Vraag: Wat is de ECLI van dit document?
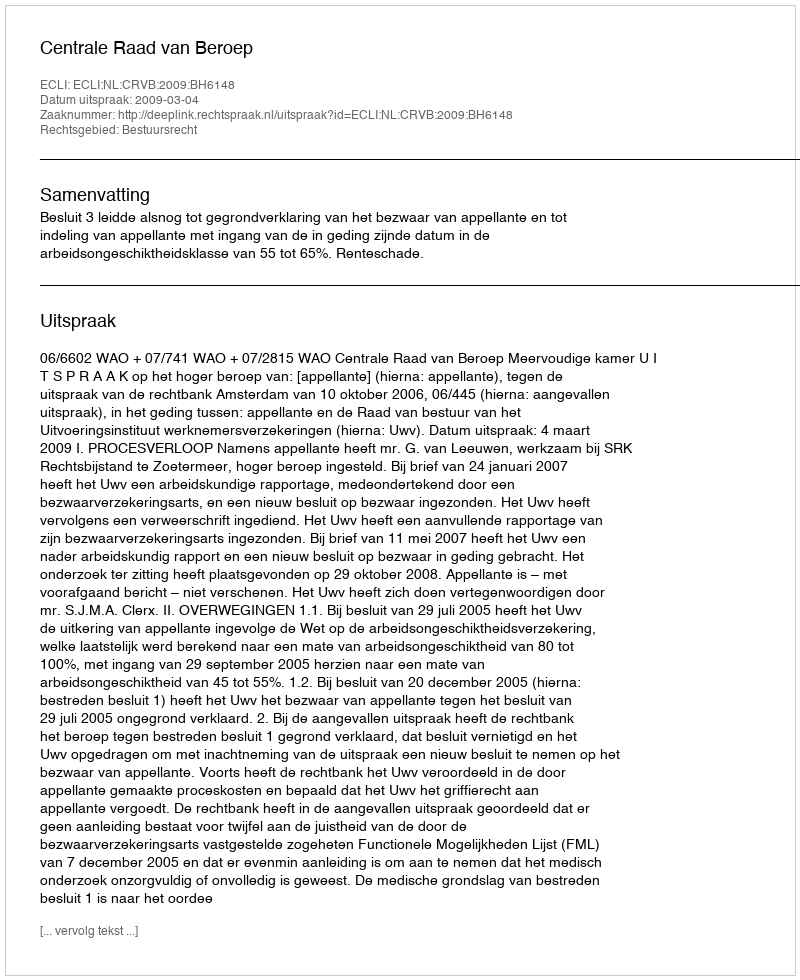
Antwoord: ECLI:NL:CRVB:2009:BH6148